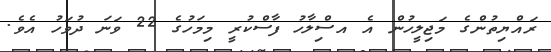
ރައްޔިތުންގެ މަޖިލީހުން އެ އސްިލާހު ފާސްކުރީ މިމަހުގެ 22 ވަނަ ދުވަހު އެވެ.